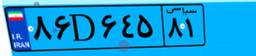
۸۶D۶۴۵۸۱